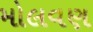
મોલવણ